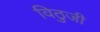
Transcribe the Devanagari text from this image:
विठुजी